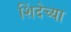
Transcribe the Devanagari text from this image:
शिंदेच्या